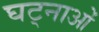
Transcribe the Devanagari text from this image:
घट्नाओं